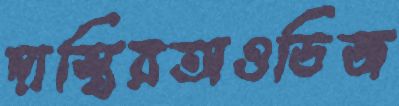
দাস্তিরঅওডিজ